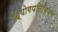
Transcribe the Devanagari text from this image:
उद्योगपतिविजय